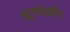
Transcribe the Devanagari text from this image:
शुंगवंशीय